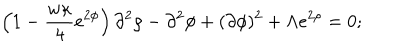
\left( 1 - \frac { w \kappa } { 4 } e ^ { 2 \phi } \right) \partial ^ { 2 } \rho - \partial ^ { 2 } \phi + ( \partial \phi ) ^ { 2 } + \Lambda e ^ { 2 \rho } = 0 ;